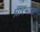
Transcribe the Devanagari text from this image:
प्रारंभास